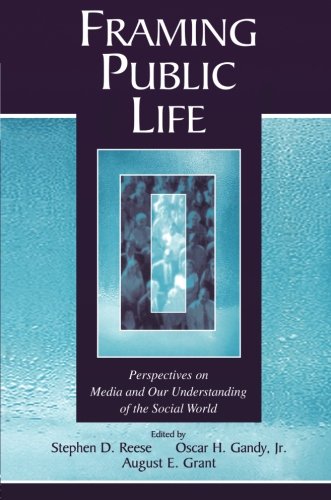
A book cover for Framing Public Life: Perspectives on Media and Our Understanding of the Social World (Routledge Communication Series); Crafts, Hobbies & Home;